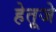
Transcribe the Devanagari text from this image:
हेतूजे